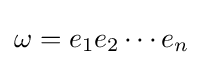
\omega =e_{1}e_{2}\cdots e_{n}